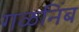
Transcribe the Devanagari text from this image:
गळनिंब